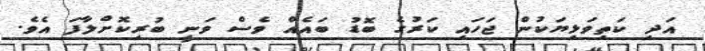
އަދި ކަތިވަޅިޔަކުން ޖަހައި ކަރުގެ ބޮޑު ބައެއް ވެސް ވަނީ ބުރިކޮށްލާފަ އެވެ.